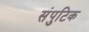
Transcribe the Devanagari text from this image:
संपुटिक